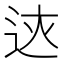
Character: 𨒏